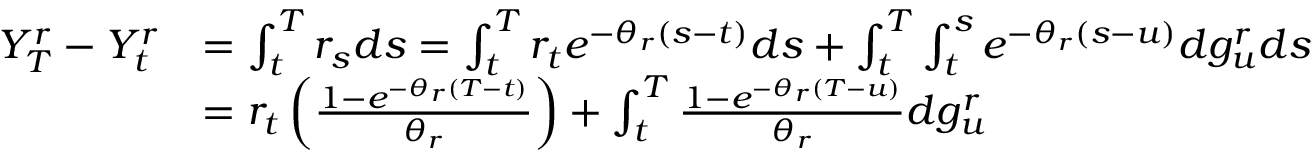
\begin{array} { r l } { Y _ { T } ^ { r } - Y _ { t } ^ { r } } & { = \int _ { t } ^ { T } r _ { s } d s = \int _ { t } ^ { T } r _ { t } e ^ { - \theta _ { r } ( s - t ) } d s + \int _ { t } ^ { T } \int _ { t } ^ { s } e ^ { - \theta _ { r } ( s - u ) } d g _ { u } ^ { r } d s } \\ & { = r _ { t } \left( \frac { 1 - e ^ { - \theta _ { r } ( T - t ) } } { \theta _ { r } } \right) + \int _ { t } ^ { T } \frac { 1 - e ^ { - \theta _ { r } ( T - u ) } } { \theta _ { r } } d g _ { u } ^ { r } } \end{array}